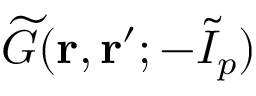
\widetilde { G } ( \mathbf { r } , \mathbf { r } ^ { \prime } ; { - } \widetilde { I } _ { p } )